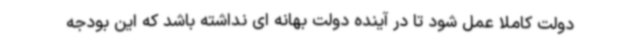
دولت کاملا عمل شود تا در آینده دولت بهانه ای نداشته باشد که این بودجه